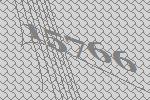
15766